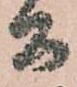
公